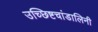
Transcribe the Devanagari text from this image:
उच्छिष्टचांडालिनी